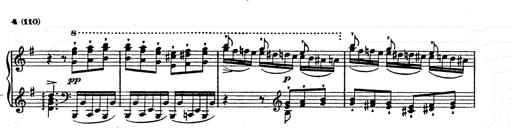
Title: Ab irato
Composer: Franz Liszt